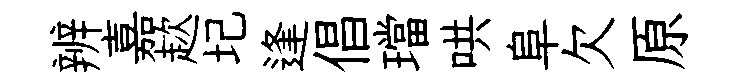
辨嘉趑圮逢倡璫哄阜欠原